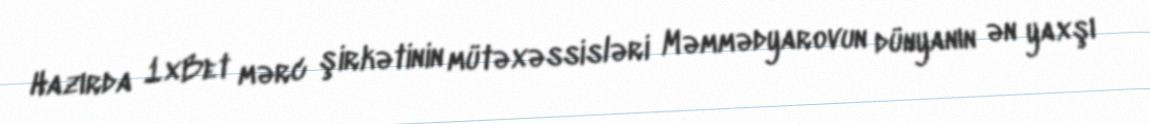
Hazırda 1xBet mərc şirkətinin mütəxəssisləri Məmmədyarovun dünyanın ən yaxşı